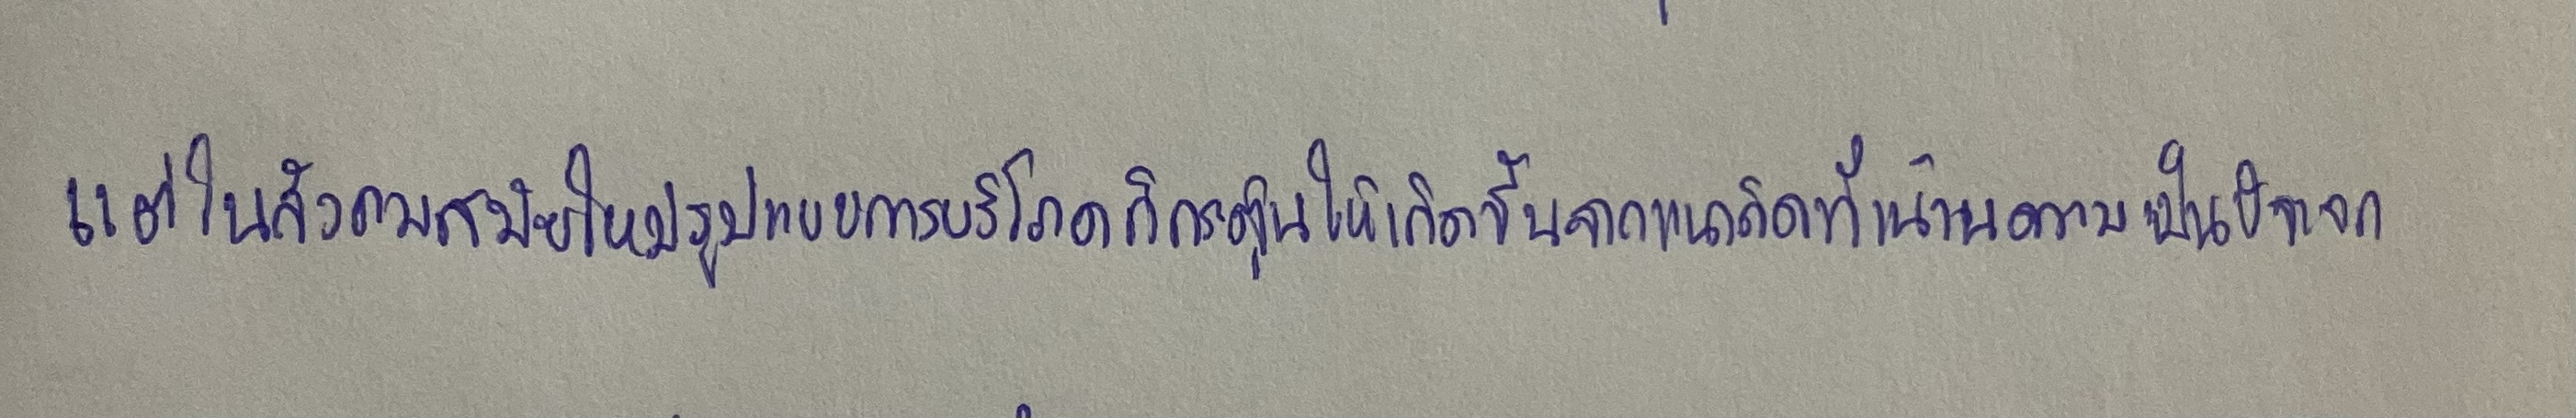
แต่ในสังคมสมัยใหม่รูปแบบการบริโภคก็ถูกกระตุ้นให้เกิดขึ้นจากแนวคิดที่เน้นความเป็นปัจเจก